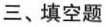
三、填空题